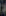
و